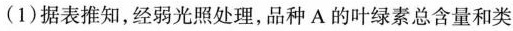
(1)据表推知，经弱光照处理，品种 A 的叶绿素总含量和类